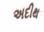
અદીથ